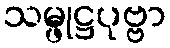
သမ္ဖုဋ္ဌပုဗ္ဗာ